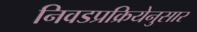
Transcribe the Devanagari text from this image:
निवडप्रक्रियेनुसार